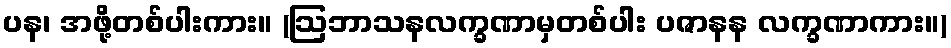
ပန၊ အဖို့တစ်ပါးကား။ (ဩဘာသနလက္ခဏာမှတစ်ပါး ပဇာနန လက္ခဏာကား။)